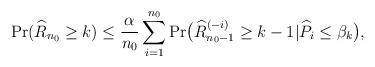
LaTeX: \begin{align*}\operatorname{Pr} (\widehat R_{n_0} \ge k ) \le\frac{\alpha}{n_0} \sum_{i=1}^{n_0} \operatorname{Pr} \bigl( \widehat R_{n_0-1}^{(-i)}\ge k-1|\widehat P_{i} \le\beta_{k} \bigr),\end{align*}